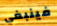
فينبغي